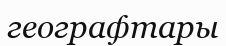
географтары